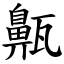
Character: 齀